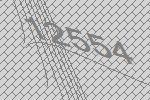
12554